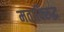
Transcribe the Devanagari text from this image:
मताविरुद्ध